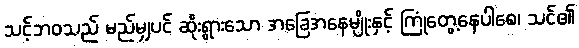
သင့်ဘဝသည် မည်မျှပင် ဆိုးရွားသော အခြေအနေမျိုးနှင့် ကြုံတွေ့နေပါစေ၊ သင်၏